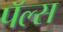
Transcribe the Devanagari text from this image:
पॅल्स